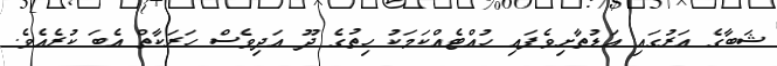
ޝަބާގެ އަރުގައި އަޑުތާށިވެފައި ހުއްޓެއްކަމަކު ހިތުގެ ދޫ އަދިވެސް ހަރަކާތް އެބަ ކުރެއެވެ.